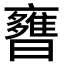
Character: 𣋿